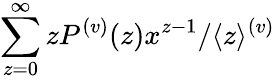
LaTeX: \sum_{z=0}^{\infty}zP^{(v)}(z)x^{z-1}/\langle z\rangle^{(v)}